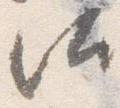
汰